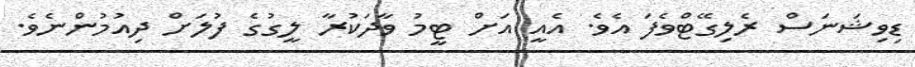
ޑިވިޝަނަސް ރެލިގޭޓްވެފަ އެވެ. އެއީ އަށް ޓީމު ވާދަކުރާ ލީގުގެ ފުލަށް ދިއުމުންނެވެ.